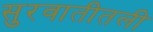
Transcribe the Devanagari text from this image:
सुरवातीतली